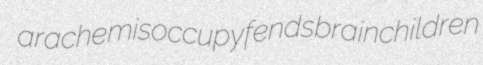
arache misoccupy fends brainchildren